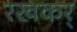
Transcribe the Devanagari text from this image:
रखकर्